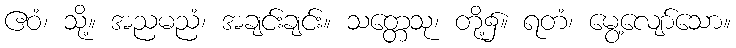
ဧဝံ၊ သို့။ အညမညံ၊ အချင်းချင်း။ သတ္တေသု၊ တို့၌။ ရတံ၊ မွေ့လျော်သော။